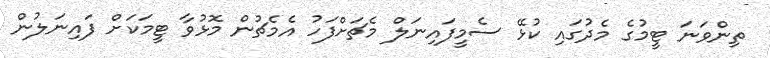
ތިންވަނަ ޓީމުގެ މެދުގައި ކުޅޭ ސެމީފައިނަލް މެޗަށްފަހު އެމެޗުން މޮޅުވާ ޓީމަކަށް ފައިނަލުން